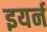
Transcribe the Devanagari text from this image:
इयर्न